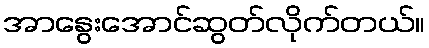
အာနွေးအောင်ဆွတ်လိုက်တယ်။